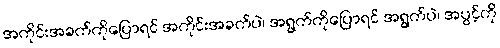
အကိုင်းအခက်ကိုပြောရင် အကိုင်းအခက်ပဲ၊ အရွက်ကိုပြောရင် အရွက်ပဲ၊ အပွင့်ကို